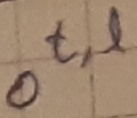
Text: Ot,l